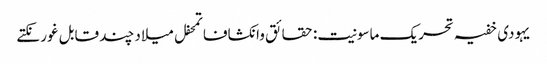
یہودی خفیہ تحریک ماسونیت: حقائق وانکشافاتمحفل میلاد چند قابل غور نکتے